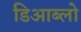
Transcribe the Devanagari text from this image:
डिआब्लो